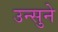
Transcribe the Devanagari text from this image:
उन्सुने